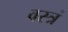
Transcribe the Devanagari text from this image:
वस्त्रं